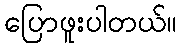
ပြောဖူးပါတယ်။